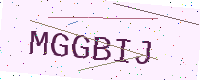
Text: MGGBIJ